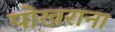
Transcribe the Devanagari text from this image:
पोखराना